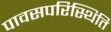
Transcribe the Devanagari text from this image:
पावसपरिस्थिति